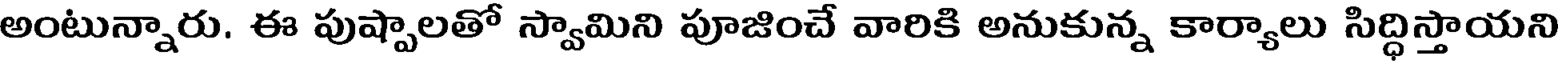
అంటున్నారు. ఈ పుష్పాలతో స్వామిని పూజించే వారికి అనుకున్న కార్యాలు సిద్ధిస్తాయని